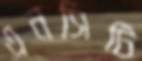
এনসিটি